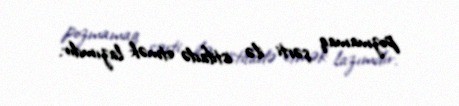
pozmamaq şərti ilə istifadə etmək lazımdır.